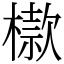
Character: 㯘